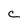
Character: C